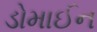
ડોમાઈન